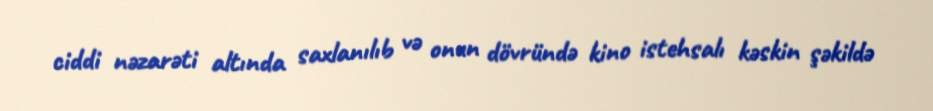
ciddi nəzarəti altında saxlanılıb və onun dövründə kino istehsalı kəskin şəkildə